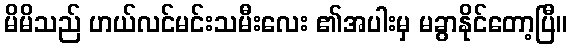
မိမိသည် ဟယ်လင်မင်းသမီးလေး ၏အပါးမှ မခွာနိုင်တော့ပြီ။